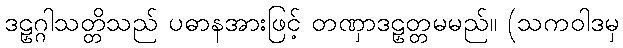
ဒဠှဂ္ဂါသတ္တိသည် ပဓာနအားဖြင့် တဏှာဒဠှတ္တမမည်။ (သကဝါဒမှ